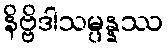
နိဗ္ဗိဒါသမ္ပန္နဿ